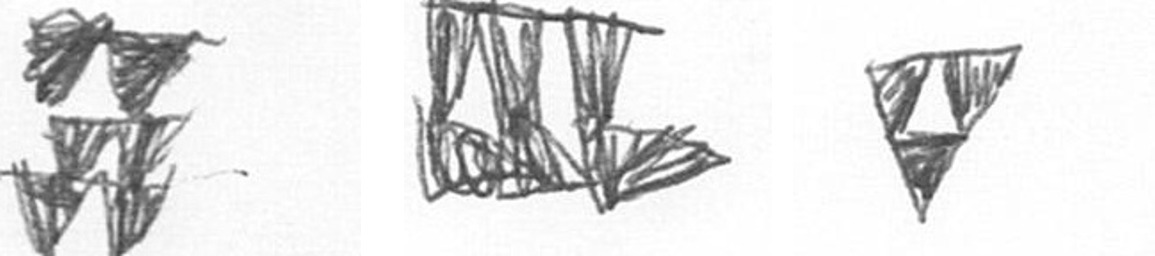
Y D S